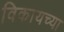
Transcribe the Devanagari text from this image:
विकायच्या